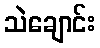
သဲချောင်း